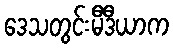
ဒေသတွင်းမီဒီယာက